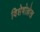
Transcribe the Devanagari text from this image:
विशेषोल्लेख